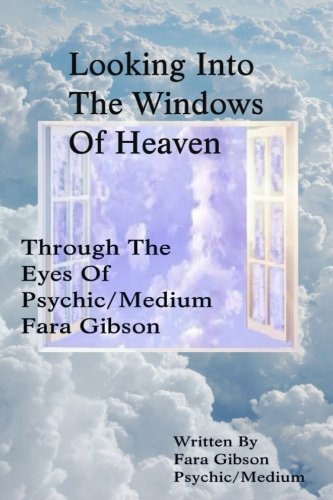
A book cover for Looking Into The Windows Of Heaven: Through The Eyes Of Psychic Medium Fara Gibson; Fara Gibson; Religion & Spirituality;